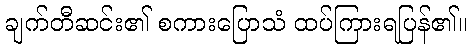
ချက်တီဆင်း၏ စကားပြောသံ ထပ်ကြားရပြန်၏။